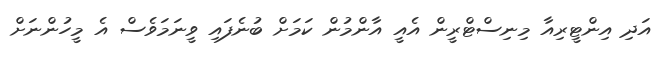
އަދި އިންޓީރިއާ މިނިސްޓްރީން އެއީ އާންމުން ކަމަށް ބުނެފައި ވީނަމަވެސް އެ މީހުންނަށް